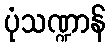
ပုံသဏ္ဍာန်